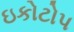
ઇકોટોપ